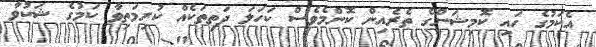
އެކަމުގެ ހައި ކޮމިޝަންގެ ތެރެއިން ކޮންމެވެސް ކަހަލަ ދަތިތަކެއް ކުރިމަތިވާ ކަމުގެ ޝަކުވާ